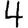
Digit: 4